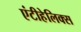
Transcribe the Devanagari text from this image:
एंटीहेलिक्स